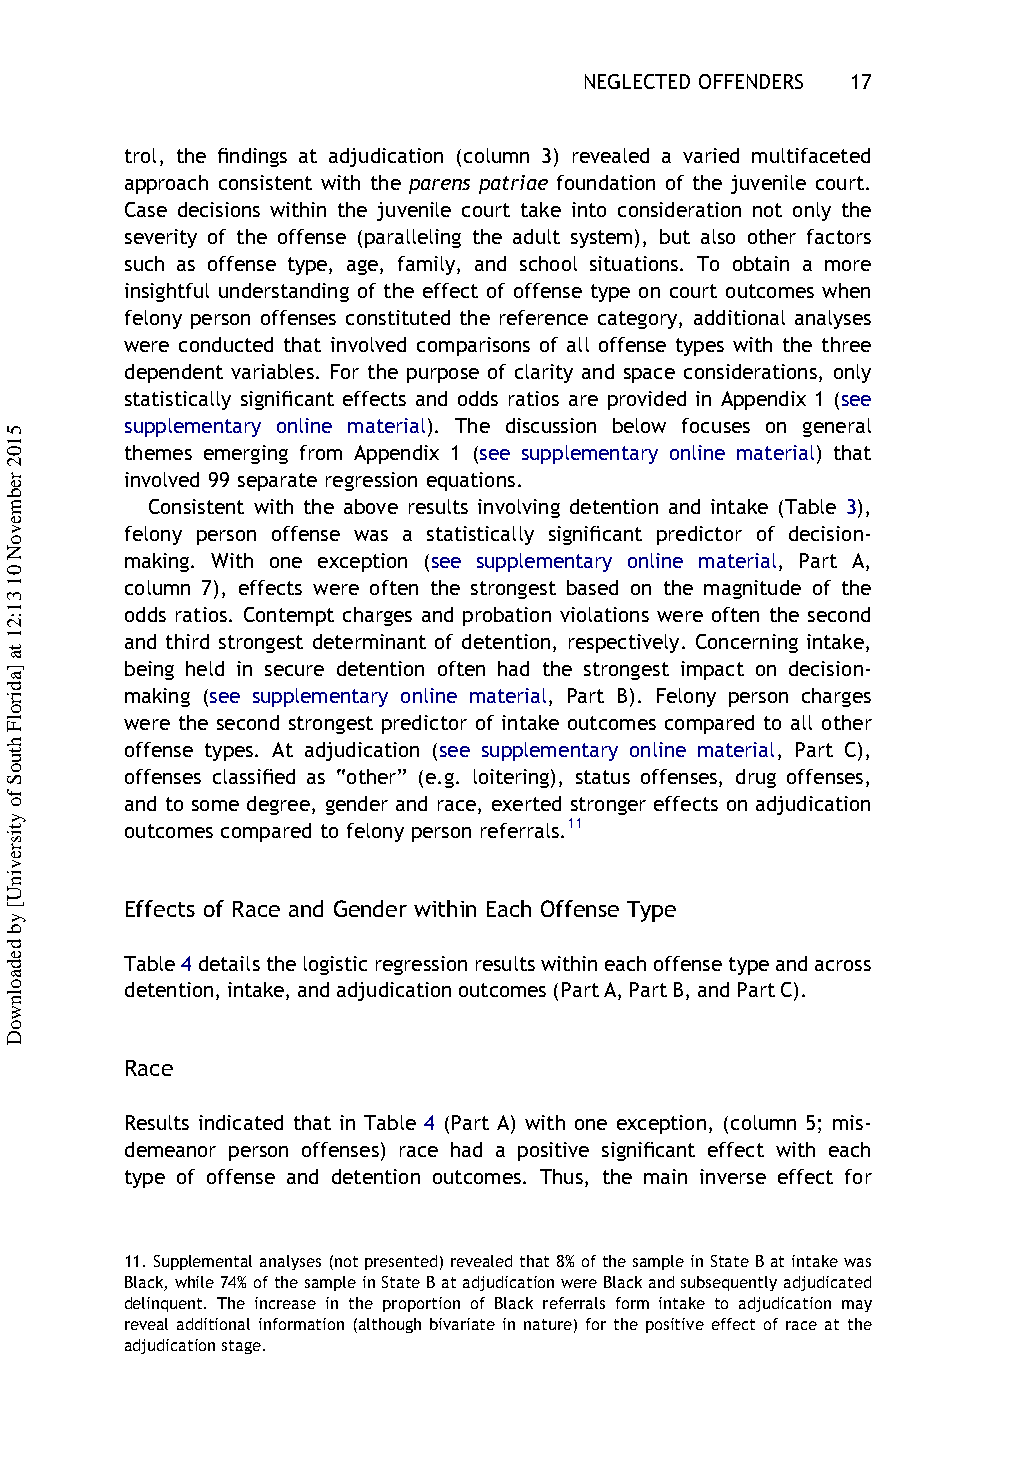
NEGLECTED OFFENDERS 17
 trol, the findings at adjudication (column 3) revealed a varied multifaceted
 approach consistent with the parens patriae foundation of the juvenile court.
 Case decisions within the juvenile court take into consideration not only the
 severity of the offense (paralleling the adult system), but also other factors
 such as offense type, age, family, and school situations. To obtain a more
 insightful understanding of the effect of offense type on court outcomes when
 felony person offenses constituted the reference category, additional analyses
 were conducted that involved comparisons of all offense types with the three
 dependent variables. For the purpose of clarity and space considerations, only
 statistically significant effects and odds ratios are provided in Appendix 1 (see
 supplementary online material). The discussion below focuses on general
 themes emerging from Appendix 1 (see supplementary online material) that
 involved 99 separate regression equations.
 Consistent with the above results involving detention and intake (Table 3),
 felony person offense was a statistically significant predictor of decision-
 making. With one exception (see supplementary online material, Part A,
 column 7), effects were often the strongest based on the magnitude of the
 odds ratios. Contempt charges and probation violations were often the second
 and third strongest determinant of detention, respectively. Concerning intake,
 being held in secure detention often had the strongest impact on decision-
 making (see supplementary online material, Part B). Felony person charges
 were the second strongest predictor of intake outcomes compared to all other
 offense types. At adjudication (see supplementary online material, Part C),
 offenses classified as “other” (e.g. loitering), status offenses, drug offenses,
 and to some degree, gender and race, exerted stronger effects on adjudication
 outcomes compared to felony person referrals.11
 Effects of Race and Gender within Each Offense Type
 Table4detailsthelogisticregressionresultswithineachoffensetypeandacross
 detention,intake,andadjudicationoutcomes(PartA,PartB,andPartC).
 Race
 Results indicated that in Table 4 (Part A) with one exception, (column 5; mis-
 demeanor person offenses) race had a positive significant effect with each
 type of offense and detention outcomes. Thus, the main inverse effect for
 11.Supplementalanalyses(notpresented)revealedthat8%ofthesampleinStateBatintakewas
 Black,while74%ofthesampleinStateBatadjudicationwereBlackandsubsequentlyadjudicated
 delinquent. The increase in the proportion of Black referrals form intake to adjudication may
 reveal additional information (although bivariate in nature) for the positive effect of race at the
 adjudicationstage.
 5102
 rebmevoN
 01
 31:21
 ta
 ]adirolF
 htuoS
 fo
 ytisrevinU[
 yb
 dedaolnwoD